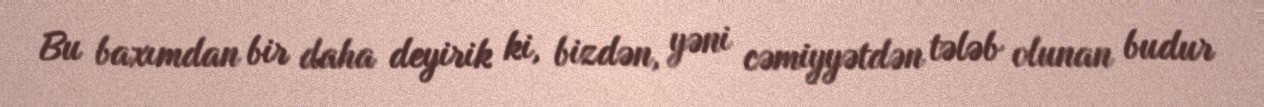
Bu baxımdan bir daha deyirik ki, bizdən, yəni cəmiyyətdən tələb olunan budur